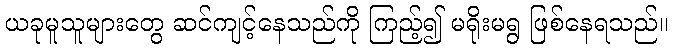
ယခုမူသူများတွေ ဆင်ကျင့်နေသည်ကို ကြည့်၍ မရိုးမရွ ဖြစ်နေရသည်။